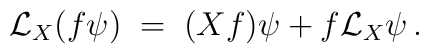
\mathcal{L}_X(f\psi) \;=\; (Xf)\psi + f\mathcal{L}_X\psi\,.